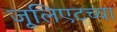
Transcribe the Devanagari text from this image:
जूलिएटच्या